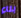
بناء